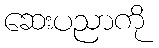
ဆေးပညာကို